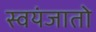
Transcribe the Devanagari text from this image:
स्वयंजातो